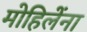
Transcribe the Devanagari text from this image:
मोहिलेंना